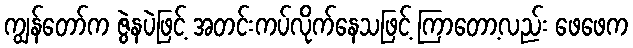
ကျွန်တော်က ဇွဲနပဲဖြင့် အတင်းကပ်လိုက်နေသဖြင့် ကြာတော့လည်း ဖေဖေက